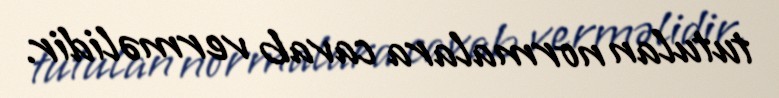
tutulan normalara cavab verməlidir.